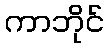
ကာဘိုင်